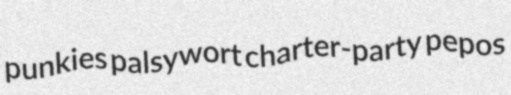
punkies palsywort charter-party pepos